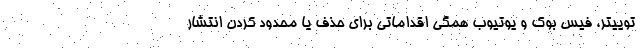
توییتر، فیس بوک و یوتیوب همگی اقداماتی برای حذف یا محدود کردن انتشار